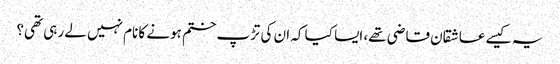
یہ کیسے عاشقان قاضی تھے، ایسا کیا کہ ان کی تڑپ ختم ہونے کا نام نہیں لے رہی تھی؟